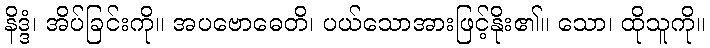
နိဒ္ဒံ၊ အိပ်ခြင်းကို။ အပဗောဓေတိ၊ ပယ်သောအားဖြင့်နိုး၏။ သော၊ ထိုသူကို။